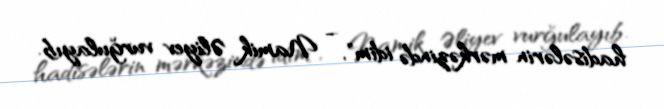
hadisələrin mərkəzində idim", - Namik Əliyev vurğulayıb.